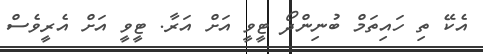
އެކޭ ތި ހައިތަމް ބުނިންދޯ ޓީވީ އަށް އަރާ. ޓީވީ އަށް އެރީވެސް